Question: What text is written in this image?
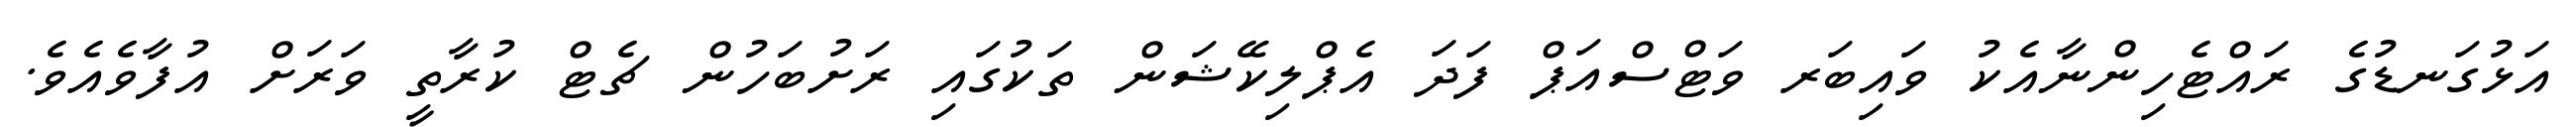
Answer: އަޅުގަނޑުގެ ރައްޓެހިންނާއެކު ވައިބަރ ވަޓްސްއަޕް ފަދަ އެޕްލިކޭޝަން ތަކުގައި ރަށުބަހުން ޗެޓް ކުރާތީ ވަރަށް އުފާވެއެވެ.